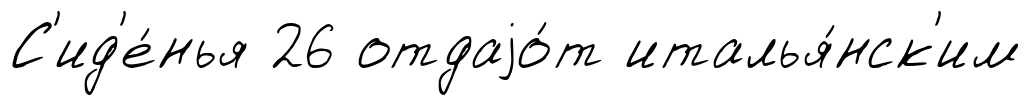
С'ид'е́нья 26 отдаjо́т италья́нск'им